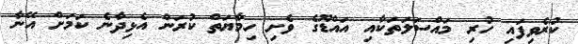
ކުރެވިފައި ހުރި މައްސަލަތަކާއި އައްޑޫގެ ވެށި ހިމާޔަތް ކުރަން އެޅިދާނެ ކަމަށް އޭނާ